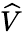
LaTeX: \widehat V